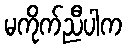
မကိုက်ညီပါက